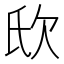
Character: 𣢎